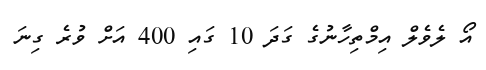
އޯ ލެވެލް އިމްތިހާނުގެ ގަދަ 10 ގައި 400 އަށް ވުރެ ގިނަ